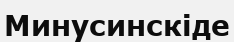
Минусинскіде